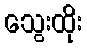
သွေးထိုး